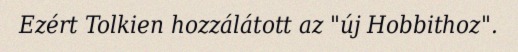
Ezért Tolkien hozzálátott az "új Hobbithoz".